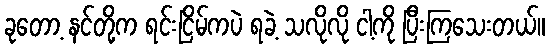
ခုတော့ နင်တို့က ရင်းငြိမ်ကပဲ ရခဲ့ သလိုလို ငါ့ကို ပြီးကြသေးတယ်။